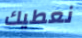
نعطيك